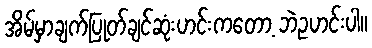
အိမ်မှာချက်ပြုတ်ချင်ဆုံးဟင်းကတော့ ဘဲဥဟင်းပါ။